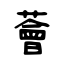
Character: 薈